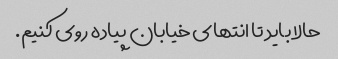
حالا باید تا انتهای خیابان پیاده روی کنیم.